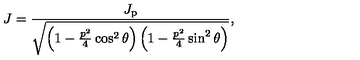
J = \frac { J _ { \mathrm { p } } } { \sqrt { \left( 1 - \frac { p ^ { 2 } } { 4 } \cos ^ { 2 } \theta \right) \left( 1 - \frac { p ^ { 2 } } { 4 } \sin ^ { 2 } \theta \right) } } ,